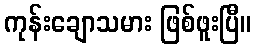
ကုန်းချောသမား ဖြစ်ဖူးပြီ။